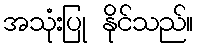
အသုံးပြု နိုင်သည်။